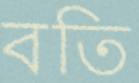
বতি